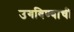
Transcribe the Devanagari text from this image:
उगविण्याची